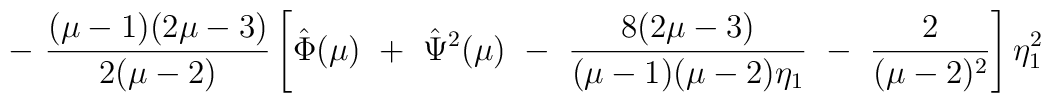
-~ \frac{(\mu-1)(2\mu-3)}{2(\mu-2)} \left[ \hat{\Phi}(\mu) ~+~ \hat{\Psi}^2(\mu) ~-~ \frac{8(2\mu-3)}{(\mu-1)(\mu-2)\eta_1} ~-~ \frac{2}{(\mu-2)^2} \right] \eta_1^2